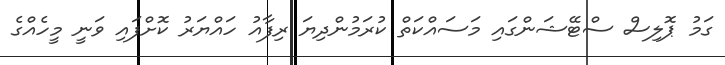
ގަމު ޕޮލިސް ސްޓޭޝަންގައި މަސައްކަތް ކުރަމުންދިޔަ ރިފާއު ހައްޔަރު ކޮށްފައި ވަނީ މީހެއްގެ